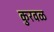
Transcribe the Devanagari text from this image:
कुरवळ